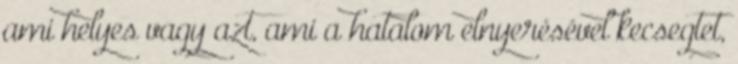
ami helyes vagy azt, ami a hatalom elnyerésével kecsegtet,